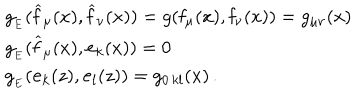
LaTeX: \begin{array} { l l } { { g _ { _ E } ( \widehat { \mathbf { f } } _ { \mu } ( x ) , \widehat { \mathbf { f } } _ { \nu } ( x ) ) = g ( \mathbf { f } _ { \mu } ( x ) , \mathbf { f } _ { \nu } ( x ) ) = g _ { \mu \nu } ( x ) } } \\ { { g _ { _ E } ( \widehat { \mathbf { f } } _ { \mu } ( x ) , \mathbf { e } _ { k } ( x ) ) = 0 } } \\ { { g _ { _ E } ( \mathbf { e } _ { k } ( z ) , \mathbf { e } _ { l } ( z ) ) = g _ { 0 \, k l } ( x ) \, . } } \\ \end{array}